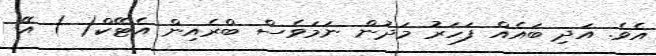
އެވެ. އަދި ބައެއް ފަހަރު މަދުން ނަމަވެސް ބްރެއިން އެޓޭކް( ) އޭ